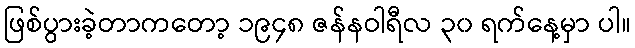
ဖြစ်ပွားခဲ့တာကတော့ ၁၉၄၈ ဇန်နဝါရီလ ၃၀ ရက်နေ့မှာ ပါ။